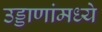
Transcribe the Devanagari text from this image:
उड्डाणांमध्ये